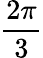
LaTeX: \frac{2\pi}{3}